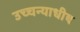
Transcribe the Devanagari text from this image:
उच्चन्याधीष